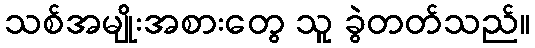
သစ်အမျိုးအစားတွေ သူ ခွဲတတ်သည်။